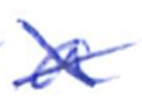
Text: a
Cross-out: mix
Writing tool: ballpoint